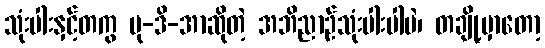
သုံးပါးနှင့်တကွ ပု-ဒိ-အာဆိုတဲ့ အဘိညာဉ်သုံးပါးပါပဲ၊ တချို့မှာတော့